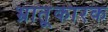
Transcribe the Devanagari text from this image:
भ्रातृ्कारक